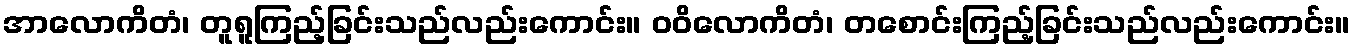
အာလောကိတံ၊ တူရူကြည့်ခြင်းသည်လည်းကောင်း။ ဝဝိလောကိတံ၊ တစောင်းကြည့်ခြင်းသည်လည်းကောင်း။